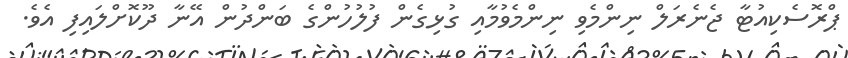
ޕްރޮސެކިއުޓާ ޖެނެރަލް ނިންމެވި ނިންމެވުމާއި ގުޅިގެން ފުލުހުންގެ ބަންދުން އޭނާ ދޫކޮށްލައިފި އެވެ.